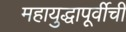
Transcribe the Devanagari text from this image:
महायुद्धापूर्वीची